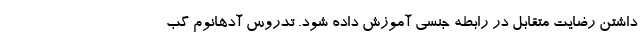
داشتن رضایت متقابل در رابطه جنسی آموزش داده شود. تدروس آدهانوم گب